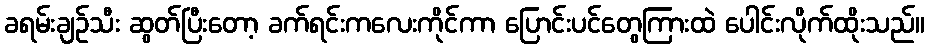
ခရမ်းချဉ်သီး ဆွတ်ပြီးတော့ ခက်ရင်းကလေးကိုင်ကာ ပြောင်းပင်တွေကြားထဲ ပေါင်းလိုက်ထိုးသည်။